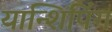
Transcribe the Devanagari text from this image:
यान्शिपिंग